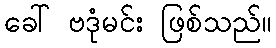
ခေါ် ဗဒုံမင်း ဖြစ်သည်။